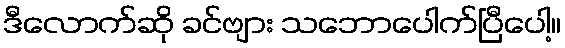
ဒီလောက်ဆို ခင်ဗျား သဘောပေါက်ပြီပေါ့။